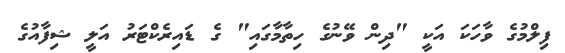
ފިލްމުގެ ވާހަކަ އަކީ "ދިން ވޭނުގެ ހިތާމާގައި" ގެ ޑައިރެކްޓަރު އަލީ ޝިފާއުގެ